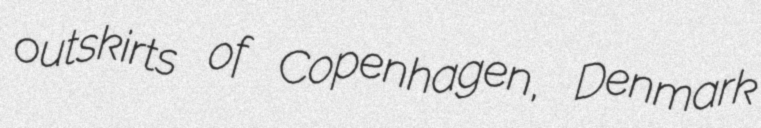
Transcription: outskirts of Copenhagen, Denmark